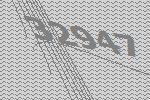
32947